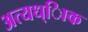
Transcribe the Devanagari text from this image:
अत्यध्ािक